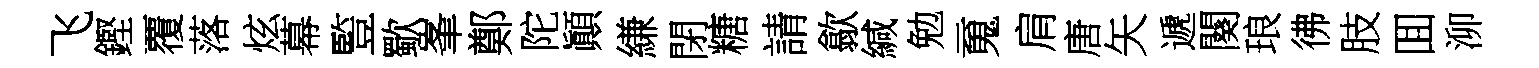
飞鏗覆落炫幕䜿歜峯鄭陀顚縑閉糖請歙緘勉䰟肩唐矢遞闋琅彿肢囬泖